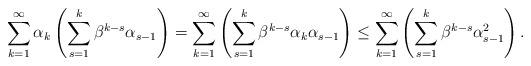
LaTeX: \begin{align*}\sum_{k=1}^\infty \alpha_k\left(\sum_{s=1}^{k} \beta^{k-s}\alpha_{s-1}\right) = \sum_{k=1}^\infty \left(\sum_{s=1}^{k} \beta^{k-s}\alpha_k\alpha_{s-1}\right) \leq \sum_{k=1}^\infty \left(\sum_{s=1}^{k} \beta^{k-s}\alpha_{s-1}^2\right).\end{align*}